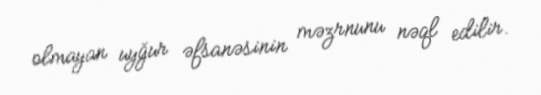
olmayan uyğur əfsanəsinin məzrnunu nəql edilir.